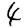
Digit: 4